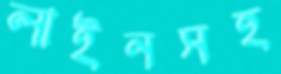
লাইনসহ